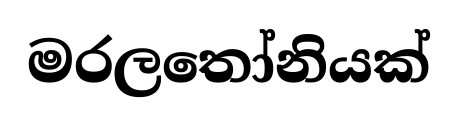
මරලතෝනියක්